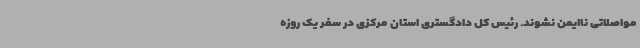
مواصلاتی ناایمن نشوند. رئیس کل دادگستری استان مرکزی در سفر یک روزه